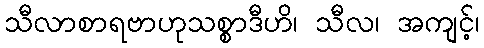
သီလာစာရဗာဟုသစ္စာဒီဟိ၊ သီလ၊ အကျင့်၊